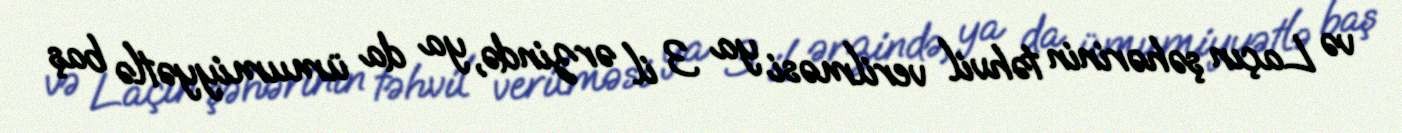
və Laçın şəhərinin təhvil verilməsi ya 3 il ərzində, ya da ümumiyyətlə baş